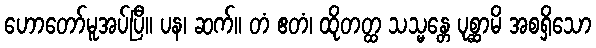
ဟောတော်မူအပ်ပြီ။ ပန၊ ဆက်။ တံ ဧတံ၊ ထိုတတ္ထ သသ္မန္တေ ပုစ္ဆာမိ အစရှိသော